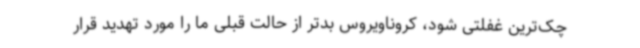
چک‌ترین غفلتی شود، کروناویروس بدتر از حالت قبلی ما را مورد تهدید قرار